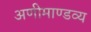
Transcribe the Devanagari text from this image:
अणीमाण्डव्य